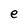
Character: e